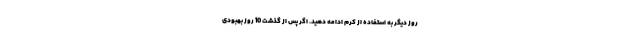
روز دیگر به استفاده از کرم ادامه دهید. اگر پس از گذشت 10 روز بهبودی